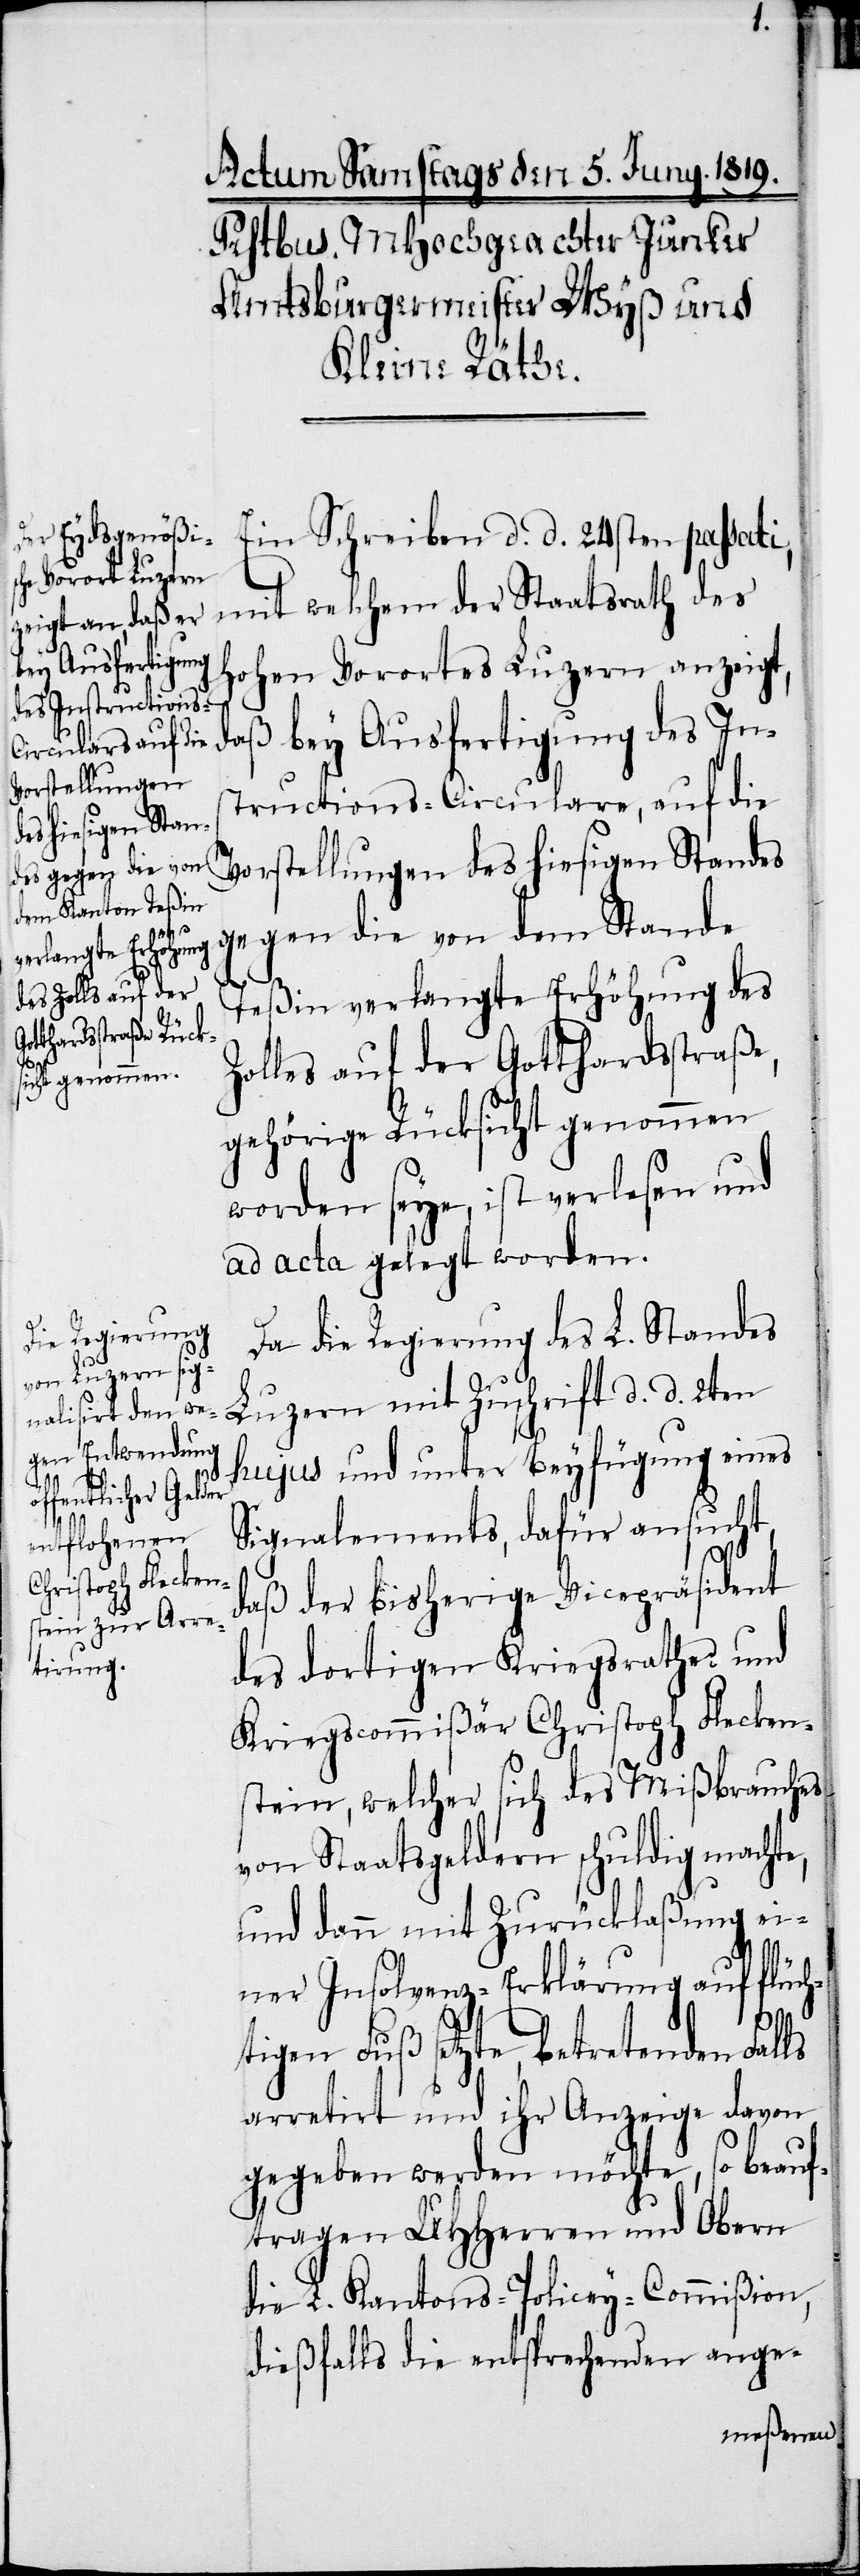
Ein Schreiben d. d. 24sten passati,
mit welchem der Staatsrath des
hohen Vorortes Luzern anzeigt,
daß bey Ausfertigung des Ins¬
tructions-Circulare, auf die
Vorstellungen des hiesigen Standes
gegen die von dem Stande
Teßin verlangte Erhöhung des
Zolles auf der Gotthardstraße,
gehörige Rücksicht genommen
worden seye, ist verlesen und
ad acta gelegt worden.
Da die Regierung des L. Standes
Luzern mit Zuschrift d. d. 2ten
hujus und unter Beyfügung eines
Signalements, dafür ansucht,
daß der bisherige Vicepräsident
des dortigen Kriegsrathes und
Kriegscommißär Christoph Flecken¬
stein, welcher sich des Mißbrauches
von Staatsgeldern schuldig machte,
und dann mit Zurücklaßung ei¬
ner Insolvenz-Erklärung auf flüch¬
tigen Fuß setzte, betretenden Falls
arretirt und ihr Anzeige davon
gegeben werden möchte, so beauf¬
tragen UHHerren und Obern
die L. Kantons-Policey-Commißion,
dießfalls die entsprechenden ange-